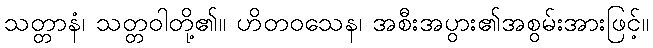
သတ္တာနံ၊ သတ္တဝါတို့၏။ ဟိတဝသေန၊ အစီးအပွား၏အစွမ်းအားဖြင့်။